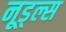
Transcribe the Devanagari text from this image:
नूड्ल्स